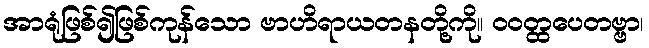
အာရုံဖြစ်၍ဖြစ်ကုန်သော ဗာဟိရာယတနတို့ကို။ ဝဝတ္ထပေတဗ္ဗာ၊